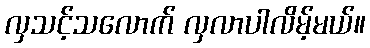
လှသင့်သလောက် လှလာပါလိမ့်မယ်။